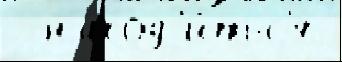
  наход'и́тьс'я